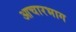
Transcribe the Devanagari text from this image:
आचारभाग